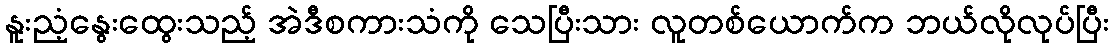
နူးညံ့နွေးထွေးသည့် အဲဒီစကားသံကို သေပြီးသား လူတစ်ယောက်က ဘယ်လိုလုပ်ပြီး